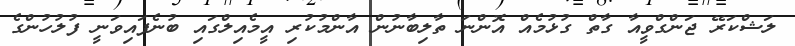
ލަޝްކަރޭ ޖަންގްވީއާ ގާތް ގުޅުމެއް އޮންނަ ތާލިބާނުން އާންމުކުރި އީމެއިލްގައި ބުނެފައިވަނީ ފުލުހުންގެ